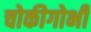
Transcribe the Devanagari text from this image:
चोकीगोभी